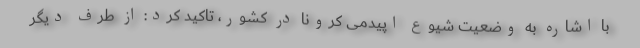
با اشاره به وضعیت شیوع اپیدمی کرونا در کشور، تاکید کرد: از طرف دیگر